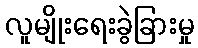
လူမျိုးရေးခွဲခြားမှု